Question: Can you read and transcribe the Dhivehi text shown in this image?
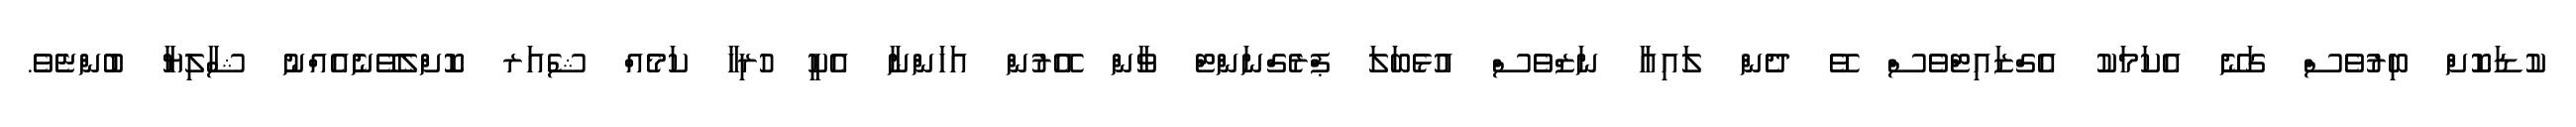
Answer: ކުޑަކޮށް ބިރުވެސް ގަނޭ އެކަމަކު އެގްޒައިޓްވެސް ވޭ ދެން ލައިއާ ނަޒްވެސް އުޅެބަލަ ޕްރެގްނަންޓް ވާން އޭރުން އަހަންނާ އެކީ ހުރިހާ ކަމެއް ޝެއަރ ކޮށްލެވޭނެއެއްނު ޝާލިޔާ ބުންޏެވެ.